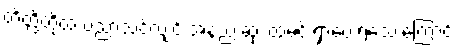
တိတ္ထိတို့ထံ ပညာသင်လျှင် အနည်းဆုံး ထမင်းရှာပေးရသေးကြောင်း